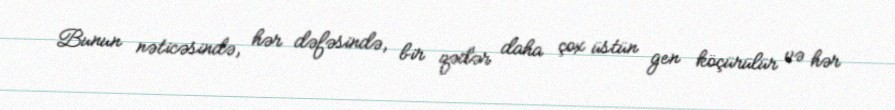
Bunun nəticəsində, hər dəfəsində, bir qədər daha çox üstün gen köçürülür və hər